Indian journal of veterinary science and animal husbandry - Volume 1,
Year: 1931
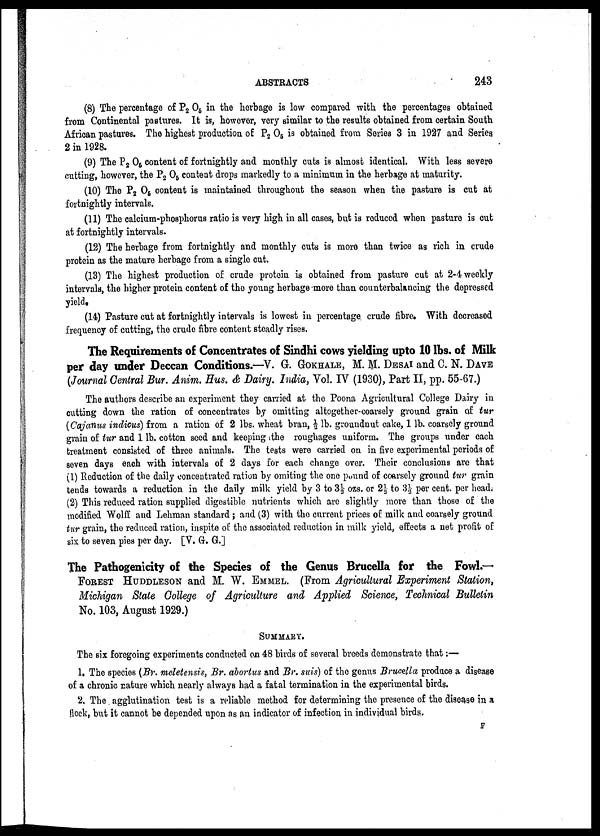
ABSTRACTS
243
(8) The percentage of P 2 O 5 in the herbage is low compared with the percentages obtained
from Continental pastures. It is, however, very similar to the results obtained from certain South
African pastures. The highest production of P 2 0 5 is obtained from Series 3 in 1927 and Series
2 in 1928.
(9) The P 2 O 5 content of fortnightly and monthly cuts is almost identical. With less severe
cutting, however, the P 2 O 5 content drops markedly to a minimum in the herbage at maturity.
(10) The P 2 O 5 content is maintained throughout the season when the pasture is cut at
fortnightly intervals.
(11) The calcium-phosphorus ratio is very high in all cases, but is reduced when pasture is cut
at fortnightly intervals.
(12) The herbage from fortnightly and monthly cuts is more than twice as rich in crude
protein as the mature herbage from a single cut.
(13) The highest production of crude protein is obtained from pasture cut at 2-4 weekly
intervals, the higher protein content of the young herbage more than counterbalancing the depressed
yield.
(14) Pasture cut at fortnightly intervals is lowest in percentage crude fibre. With decreased
frequency of cutting, the crude fibre content steadly rises.
The Requirements of Concentrates of Sindhi cows yielding upto 10 lbs. of Milk
per day under Deccan Conditions.—V. G. GOKHALE, M. M. DESAI and C. N. DAVE
(Journal Central Bur. Anim. Hus. & Dairy. India, Vol. IV (1930), Part II, pp. 55-67.)
The authors describe an experiment they carried at the Poona Agricultural College Dairy in
cutting down the ration of concentrates by omitting altogether-coarsely ground grain of tur
(Cajanus indicus) from a ration of 2 lbs. wheat bran, ½ lb. groundnut cake, 1 lb. coarsely ground
grain of tur and 1 lb. cotton seed and keeping the roughages uniform. The groups under each
treatment consisted of three animals. The tests were carried on in five experimental periods of
seven days each with intervals of 2 days for each change over. Their conclusions are that
(1) Reduction of the daily concentrated ration by omiting the one pound of coarsely ground tur grain
tends towards a reduction in the daily milk yield by 3 to 3⅓ ozs. or 2½ to 3½ per cent. per head.
(2) This reduced ration supplied digestible nutrients which are slightly more than those of the
modified Wolff and Lehman standard ; and (3) with the current prices of milk and coarsely ground
tur grain, the reduced ration, inspite of the associated reduction in milk yield, effects a net profit of
six to seven pies per day. [V. G. G.]
The Pathogenicity of the Species of the Genus Brucella for the Fowl.—
FOREST HUDDLESON and M. W. EMMEL. (From Agricultural Experiment Station,
Michigan State College of Agriculture and Applied Science, Technical Bulletin
No. 103, August 1929.)
SUMMARY.
The six foregoing experiments conducted on 48 birds of several breeds demonstrate that:—
1. The species (Br. meletensis, Br. abortus and Br. suis) of the genus Brucella produce a disease
of a chronic nature which nearly always had a fatal termination in the experimental birds.
2. The agglutination test is a reliable method for determining the presence of the disease in a
flock, but it cannot be depended upon as an indicator of infection in individual birds.
F